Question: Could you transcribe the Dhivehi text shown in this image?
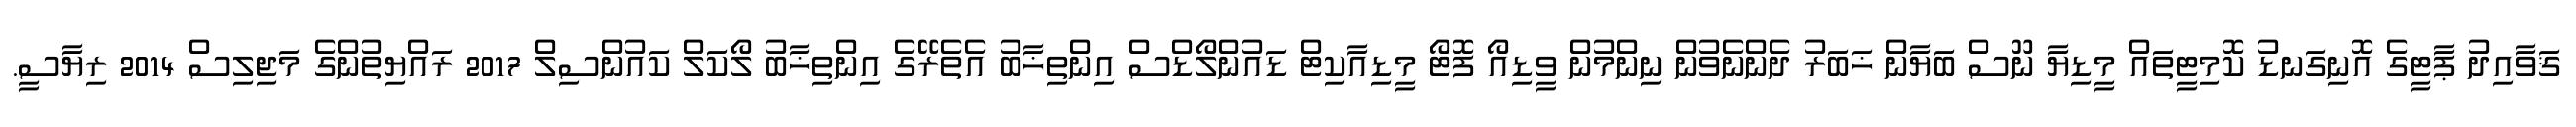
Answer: ޤަވާއިދު ޕާޓީގެ އޮނިގަނޑު ކޮމިޓީތައް މީޑިޔާ ނޫސް ބަޔާން ޚަބަރު ދެންނެވުން ނިންމުން ވީޑިއޯ ފޮޓޯ މީޑިއާކިޓް ޑައުންލޯޑްސް އިންތިޚާބު އެތެރޭގެ އިންތިޚާބު ލޯކަލް ކައުންސިލް 2017 ރައްޔިތުންގެ މަޖިލިސް 2014 ރިޔާސީ.